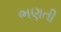
ભણતી